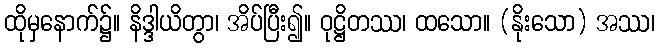
ထိုမှနောက်၌။ နိဒ္ဒါယိတွာ၊ အိပ်ပြီး၍။ ဝုဋ္ဌိတဿ၊ ထသော။ (နိုးသော) အဿ၊